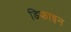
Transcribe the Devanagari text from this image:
डिफाइन